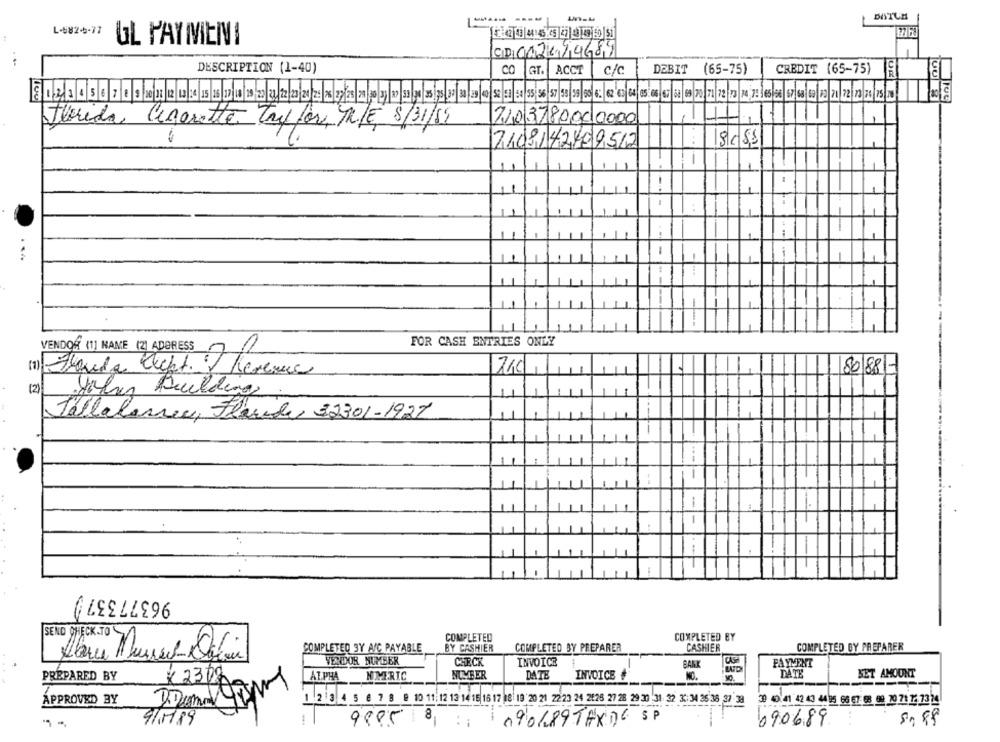
DATUM
L-582-5-77
UL PAYMENI
CD002614689
DESCRIPTION (1-40)
CO GT. ACCT |C/C.
DEBIT (65-75)
CREDIT (65-75)
12345678322|2|3211 1/16/10/21/2/2/212|28|7|23|2|10|3|2|3|3|3|9|2|3|2|4|52||84 5| 36 57 53|35|90 6: 2 6|04|05:06|6|62 9 78 71|12|7|14,7:365/26 67|68|12|2|21/22/12/2015|1 1008
Florida Cigarette Tryfor TR/E 8/31/89
7103780000000
7108142409512
s/css
1
FOR CASH ENTRIES ONLY
VENDOR (1] NAME (21 ADORESS
210
80/881-
(1) Thouda Klickt / Revenue
(2)
John Building
Tallahassee, Flaude 32301-1927
-
---
963773379
COMPLETED
COMPLETED BY
COMPLETED 3Y A/C PAYABLE
BY CASHIER
COMPLETED BY PREPARER
CASHIER
COMPLETED BY PREPARER
VENDOR NUMBER
CHECK
INVOICE
BANK
PAYMENT
NUMBER
DATE
INVOICE #
NO.
DATE
SET AMOUNT
PREPARED BY
AT PHA
HMERIC
Bas
x23P
APPROVED BY
1 .2 3 4 5 6 7 8 9 10 11: 12 13 14 15 15 17 88 19 20 21 2223 24 2626 27 28 29 30 31 22 3: 34 26 38 37 38
3 020 405 06 07 0 0 10 71 7- 1324
9885 8
9/1/89
090689TAX) SP
6906.89